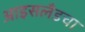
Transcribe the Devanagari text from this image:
आइसलँडचा